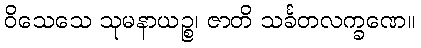
ဝိသေသေ သုမနာယဉ္စ၊ ဇာတိ သင်္ခတလက္ခဏေ။